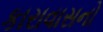
કારાવાસનો